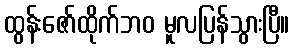
ထွန်းဇော်ထိုက်ဘဝ မူလပြန်သွားပြီ။